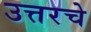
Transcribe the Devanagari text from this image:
उत्तरचे